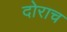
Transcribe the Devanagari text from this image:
दोराच